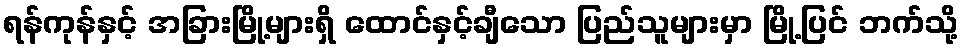
ရန်ကုန်နှင့် အခြားမြို့များရှိ ထောင်နှင့်ချီသော ပြည်သူများမှာ မြို့ပြင် ဘက်သို့